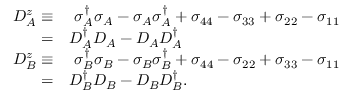
\begin{array} { r l } { D _ { A } ^ { z } \equiv } & { { } ~ \sigma _ { A } ^ { \dagger } \sigma _ { A } - \sigma _ { A } \sigma _ { A } ^ { \dagger } + \sigma _ { 4 4 } - \sigma _ { 3 3 } + \sigma _ { 2 2 } - \sigma _ { 1 1 } } \\ { = } & { { } D _ { A } ^ { \dagger } D _ { A } - D _ { A } D _ { A } ^ { \dagger } } \\ { D _ { B } ^ { z } \equiv } & { { } ~ \sigma _ { B } ^ { \dagger } \sigma _ { B } - \sigma _ { B } \sigma _ { B } ^ { \dagger } + \sigma _ { 4 4 } - \sigma _ { 2 2 } + \sigma _ { 3 3 } - \sigma _ { 1 1 } } \\ { = } & { { } D _ { B } ^ { \dagger } D _ { B } - D _ { B } D _ { B } ^ { \dagger } . } \end{array}